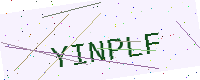
Text: YINPLF